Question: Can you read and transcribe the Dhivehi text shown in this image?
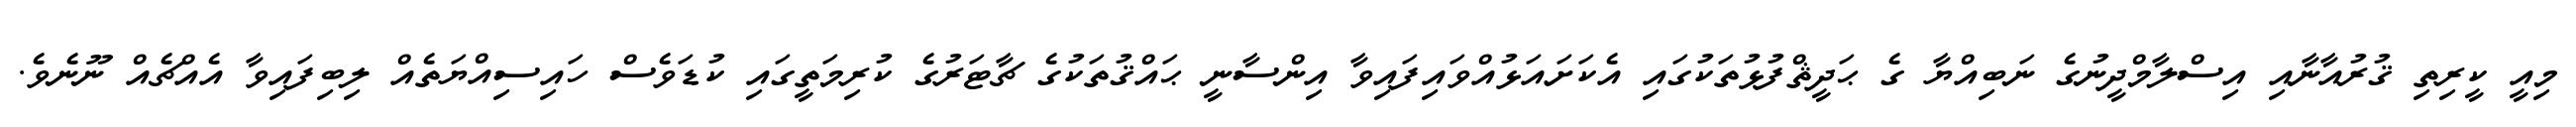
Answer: މިއީ ކީރިތި ޤުރުއާނާއި އިސްލާމްދީނުގެ ނަބިއްޔާ ގެ ޙަދީޘްފުޅުތަކުގައި އެކަށައަޅުއްވައިފައިވާ އިންސާނީ ޙައްޤުތަކުގެ ޗާޓަރުގެ ކުރިމަތީގައި ކުޑަވެސް ހައިސިއްޔަތެއް ލިބިފައިވާ އެއްޗެއް ނޫނެވެ.